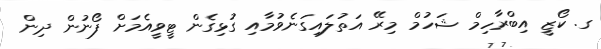
ގ. ކޯޒީ އިބްރާހިމް ޝަހުމް މިރޭ އަތުލައިގަނެވުމާއި ގުޅިގެން ޓީވީއެމަށް ފޯނުން ދިން